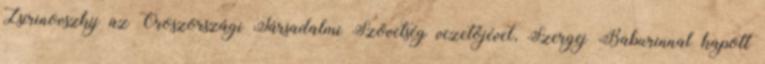
Zsirinovszkij az Oroszországi Társadalmi Szövetség vezetőjével, Szergej Baburinnal kapott